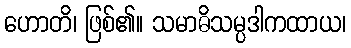
ဟောတိ၊ ဖြစ်၏။ သမာဓိသမ္ပဒါကထာယ၊